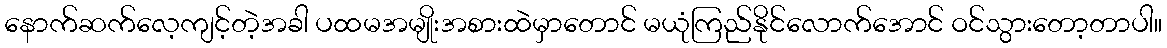
နောက်ဆက်လေ့ကျင့်တဲ့အခါ ပထမအမျိုးအစားထဲမှာတောင် မယုံကြည်နိုင်လောက်အောင် ဝင်သွားတော့တာပါ။